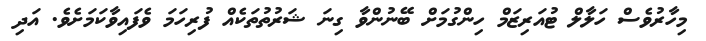
މިހާރުވެސް ހަލާލް ޓުއަރިޒަމް ހިންގުމަށް ބޭނުންވާ ގިނަ ޝަރުތުތަކެއް ފުރިހަމަ ވެފައިވާކަމަށެވެ. އަދި